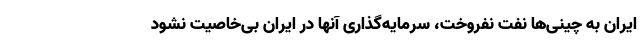
ایران به چینی‌ها نفت نفروخت، سرمایه‌گذاری آنها در ایران بی‌خاصیت نشود